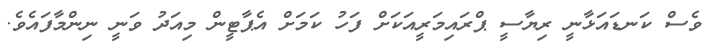
ވެސް ކަނޑައަޅާނީ ރިޔާސީ ޕްރައިމަރީއަކަށް ފަހު ކަމަށް އެޕާޓީން މިއަދު ވަނީ ނިންމާފައެވެ.